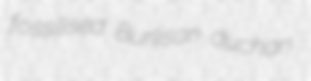
fossilised Burlison duchan